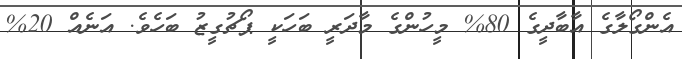
އެންގޯލާގެ އާބާދީގެ 80% މީހުންގެ މާދަރީ ބަހަކީ ޕޯޗުގީޒު ބަހެވެ. އަނެއް 20%